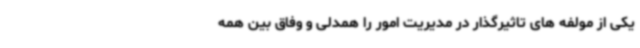
یکی از مولفه های تاثیرگذار در مدیریت امور را همدلی و وفاق بین همه